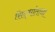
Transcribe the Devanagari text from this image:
सिद्धांताना